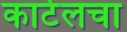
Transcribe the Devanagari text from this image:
कार्टेलचा